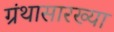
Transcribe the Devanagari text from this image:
ग्रंथासारख्या